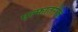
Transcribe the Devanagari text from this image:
एल्फातरीज़